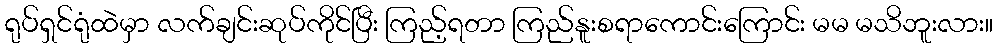
ရုပ်ရှင်ရုံထဲမှာ လက်ချင်းဆုပ်ကိုင်ပြီး ကြည့်ရတာ ကြည်နူးစရာကောင်းကြောင်း မမ မသိဘူးလား။